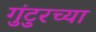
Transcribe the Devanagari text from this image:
गुंटुरच्या